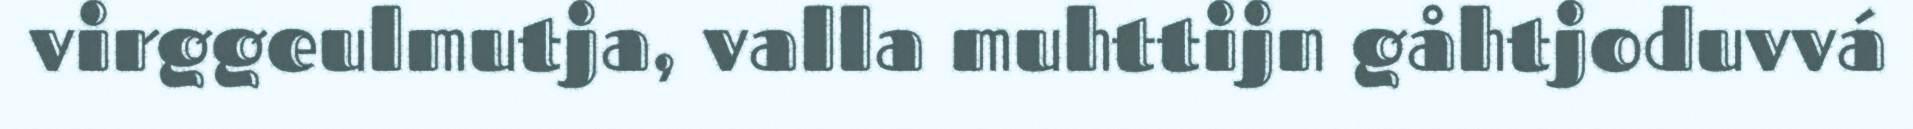
virggeulmutja, valla muhttijn gåhtjoduvvá